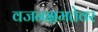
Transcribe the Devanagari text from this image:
वजनक्षमतेवर